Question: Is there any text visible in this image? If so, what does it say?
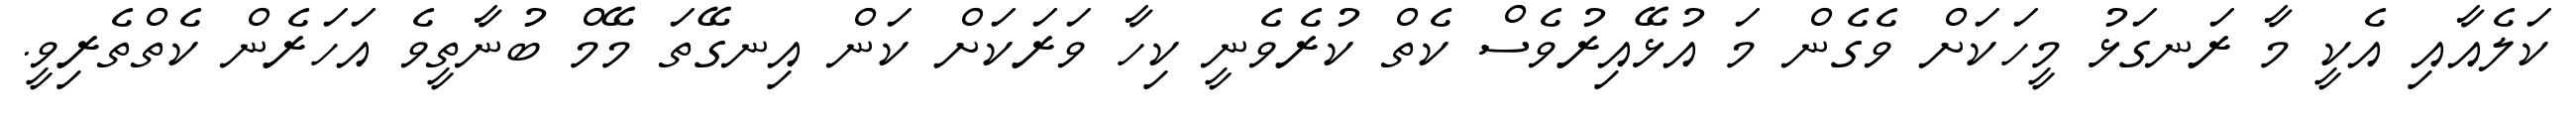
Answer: ކަލެއާއި އެކީ މާ ރަނގަޅު މީހަކަށް ވެގެން މަ އުޅޭއިރުވެސް ކެތް ކުރެވެނީ ކިހާ ވަރަކަށް ކަން އިނގޭތަ މޭމް ބުނާތީވެ އަހަރެން ކެތްތެރިވީ.